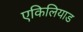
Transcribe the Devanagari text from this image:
एकिलियाड